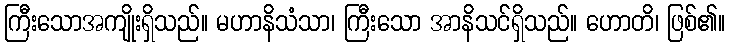
ကြီးသောအကျိုးရှိသည်။ မဟာနိသံသာ၊ ကြီးသော အာနိသင်ရှိသည်။ ဟောတိ၊ ဖြစ်၏။